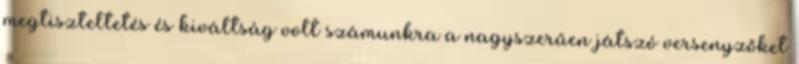
megtiszteltetés és kiváltság volt számunkra a nagyszerűen játszó versenyzőket